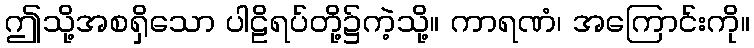
ဤသို့အစရှိသော ပါဠိရပ်တို့၌ကဲ့သို့။ ကာရဏံ၊ အကြောင်းကို။